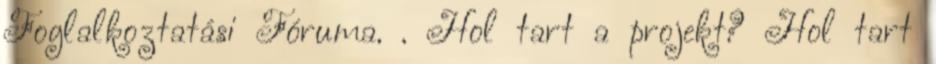
Foglalkoztatási Fóruma. . Hol tart a projekt? Hol tart